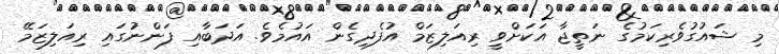
މި ޝައުގުވެރިކަމުގެ ނަތީޖާ އަކަށްވީ ރިއަލިޒަމް އުފެދިގެން އައުމެވެ. އަދަބާއި ފަންނުގައި ރިއަލިޒަމޭ